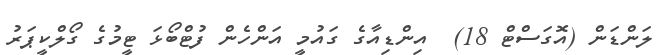
ލަންޑަން (އޮގަސްޓް 18)  އިންޑިއާގެ ގައުމީ އަންހެން ފުޓްބޯޅަ ޓީމުގެ ގޯލްކީޕަރު